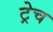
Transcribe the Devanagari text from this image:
ट्रेच